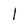
Character: l